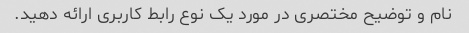
نام و توضیح مختصری در مورد یک نوع رابط کاربری ارائه دهید.